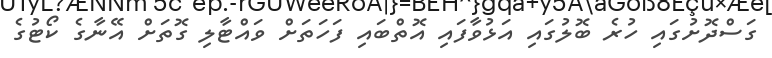
ގަސްދޮށުގައި ހުރެ ބޮލުގައި އަޅުވާފައި އޮތްބައި ފަހަތަށް ވައްޓާލި ގޮތަށް އޭނާގެ ކޯޓުގެ